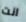
انت